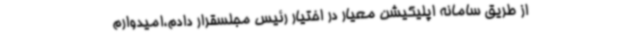
از طریق سامانه اپلیکیشن معیار در اختیار رئیس مجلسقرار دادم،امیدوارم